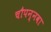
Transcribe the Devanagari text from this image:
चौपन्नवा